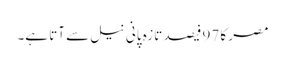
مصر کا 97 فیصد تازہ پانی نیل سے آتا ہے۔